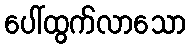
ပေါ်ထွက်လာသော